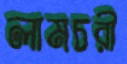
লামচরী